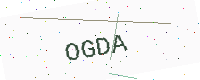
Text: OGDA